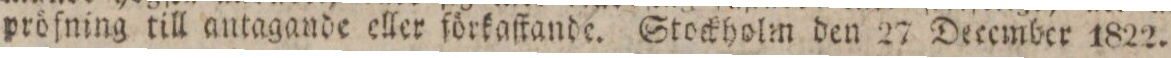
pröſning till antagande eller förkaſtande. Stockholm den 27 December 1822.